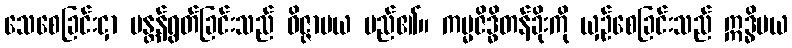
သေစေခြင်းငှာ မန္တန်ရွတ်ခြင်းသည် ဝိဇ္ဇာမယ မည်၏။ ကမ္မဇိဒ္ဓိတန်ခိုးကို ယှဉ်စေခြင်းသည် ဣဒ္ဓိမယ